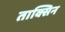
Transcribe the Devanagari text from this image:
ताक्सिन